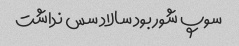
سوپ شور بود سالاد سس نداشت